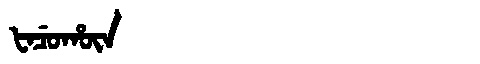
Manchu: ᡶᠠᠴᡠᡥᡡᠨ
Romanization: FACUHŪN